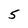
Character: 5